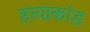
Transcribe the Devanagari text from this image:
हत्‍याकांड